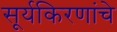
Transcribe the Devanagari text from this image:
सूर्यकिरणांचे